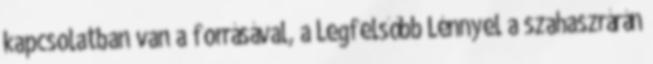
kapcsolatban van a forrásával, a Legfelsőbb Lénnyel a szahaszrárán